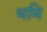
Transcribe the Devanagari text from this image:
भमि